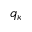
q _ { \kappa }